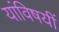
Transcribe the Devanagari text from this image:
यांविषयीं